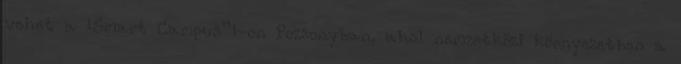
vehet a „Smart Campus”-on Pozsonyban, ahol nemzetközi környezetben a